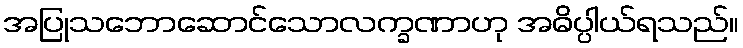
အပြုသဘောဆောင်သောလက္ခဏာဟု အဓိပ္ပါယ်ရသည်။